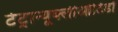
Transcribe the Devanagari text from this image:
टेट्रान्यूक्लीओटिडों